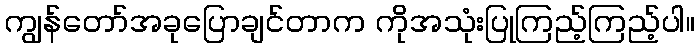
ကျွန်တော်အခုပြောချင်တာက ကိုအသုံးပြုကြည့်ကြည့်ပါ။